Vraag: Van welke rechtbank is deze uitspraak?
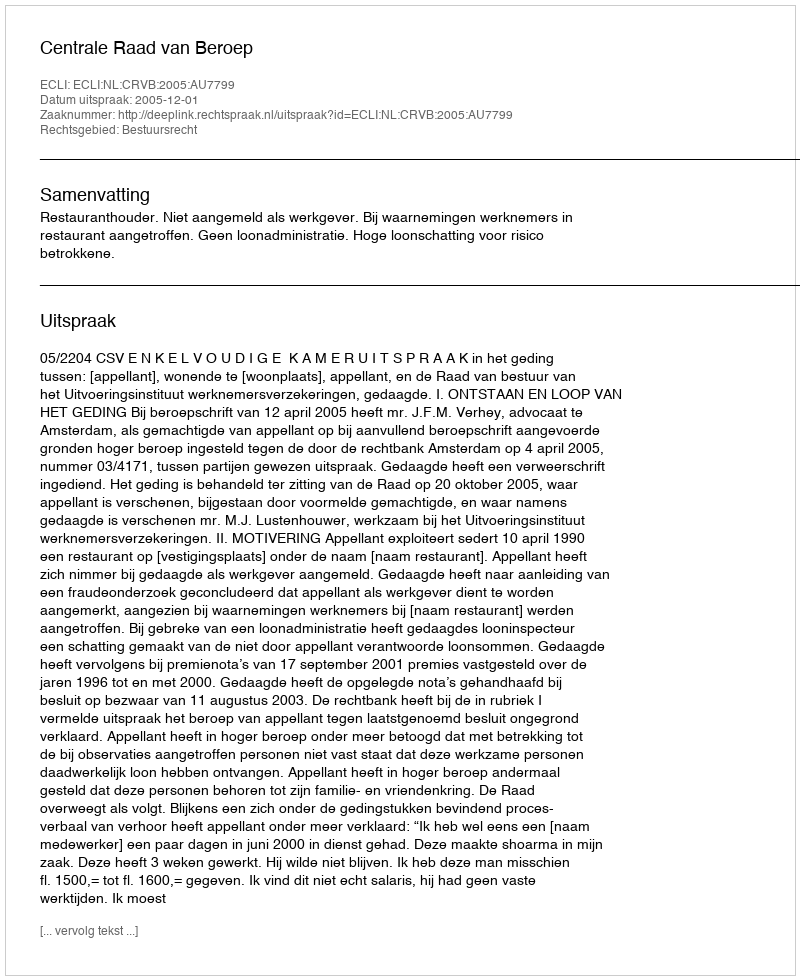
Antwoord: Centrale Raad van Beroep